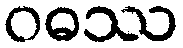
ဝဓဿ